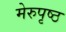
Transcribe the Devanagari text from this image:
मेरुपृष्ठ